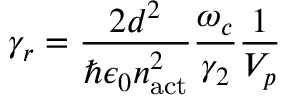
\gamma _ { r } = \frac { 2 d ^ { 2 } } { \hbar \epsilon _ { 0 } n _ { \mathrm { a c t } } ^ { 2 } } \frac { \omega _ { c } } { \gamma _ { 2 } } \frac { 1 } { V _ { p } }